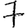
Digit: 7